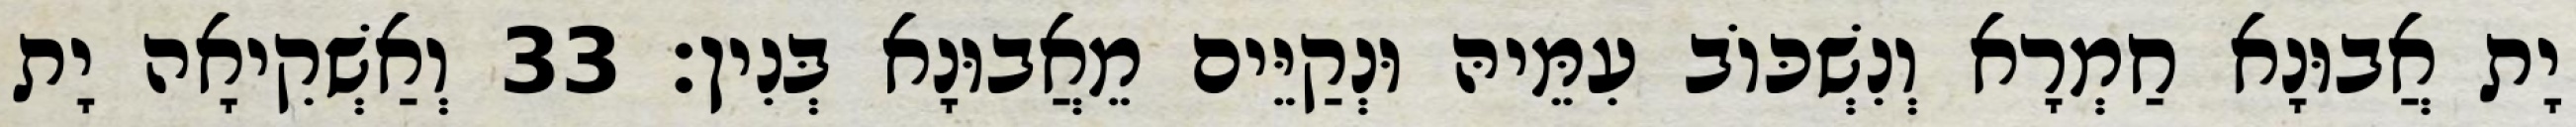
יָת אֲבוּנָא חַמְרָא וְנִשְׁכּוֹב עִמֵּיהּ וּנְקַיֵּים מֵאֲבוּנָא בְּנִין׃ 33 וְאַשְׁקִיאָה יָת